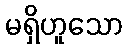
မရှိဟူသော